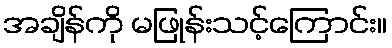
အချိန်ကို မဖြုန်းသင့်ကြောင်း။